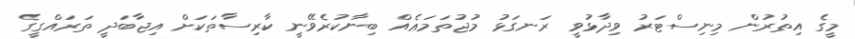
މީގެ އިތުރުން މިނިސްޓަރު ވިދާޅުވީ ރަނގަޅު މުޖުތަމަޢެއް ބިނާކުރެވޭނީ ކާރިސާތަކަށް އިޖާބަދީ ތަރައްގީގެ